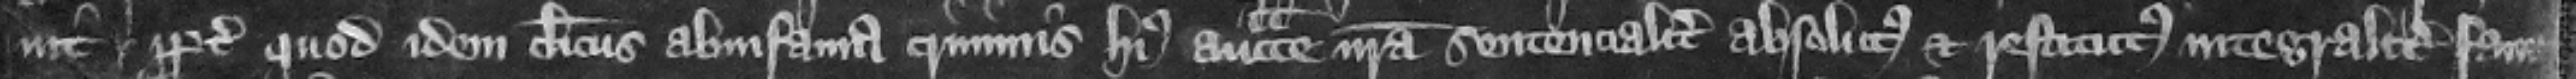
uit. propter quod idem clericus ab infamia criminis huis auctoritate nostra sententialiter absolutus et restitutus integraliter fame